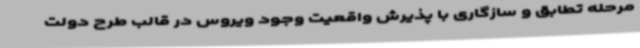
مرحله تطابق و سازگاری با پذیرش واقعیت وجود ویروس در قالب طرح دولت